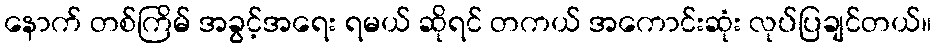
နောက် တစ်ကြိမ် အခွင့်အရေး ရမယ် ဆိုရင် တကယ် အကောင်းဆုံး လုပ်ပြချင်တယ်။